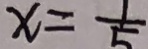
x = \frac { 1 } { 5 }